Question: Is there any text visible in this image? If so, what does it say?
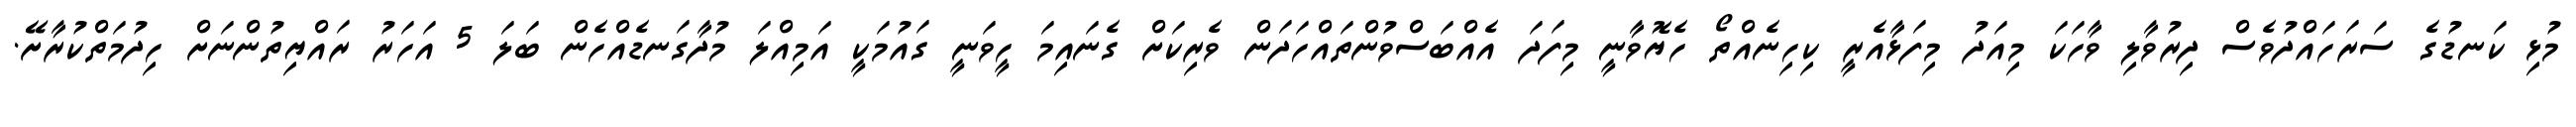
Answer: މުޅި ކަނޑުގެ ސަރަހައްދުވެސް ދިރުވާލި ވާހަކަ މިއަދު މިފަޅާއެރީ ކިހިނެއްތޯ ހެޔޮވާނީ މިފަދަ އެއްބަސްވުންތައްހަދަން ވެރިކަށް ގެނައިމަ ހީވަނީ ގައުމަކީ އަމިއްލަ މުދާގަނޑެއްހެން ބަލަ 5 އަހަރު ރައްޔިތުންނަށް ހިދުމަތްކުރާށޭ.